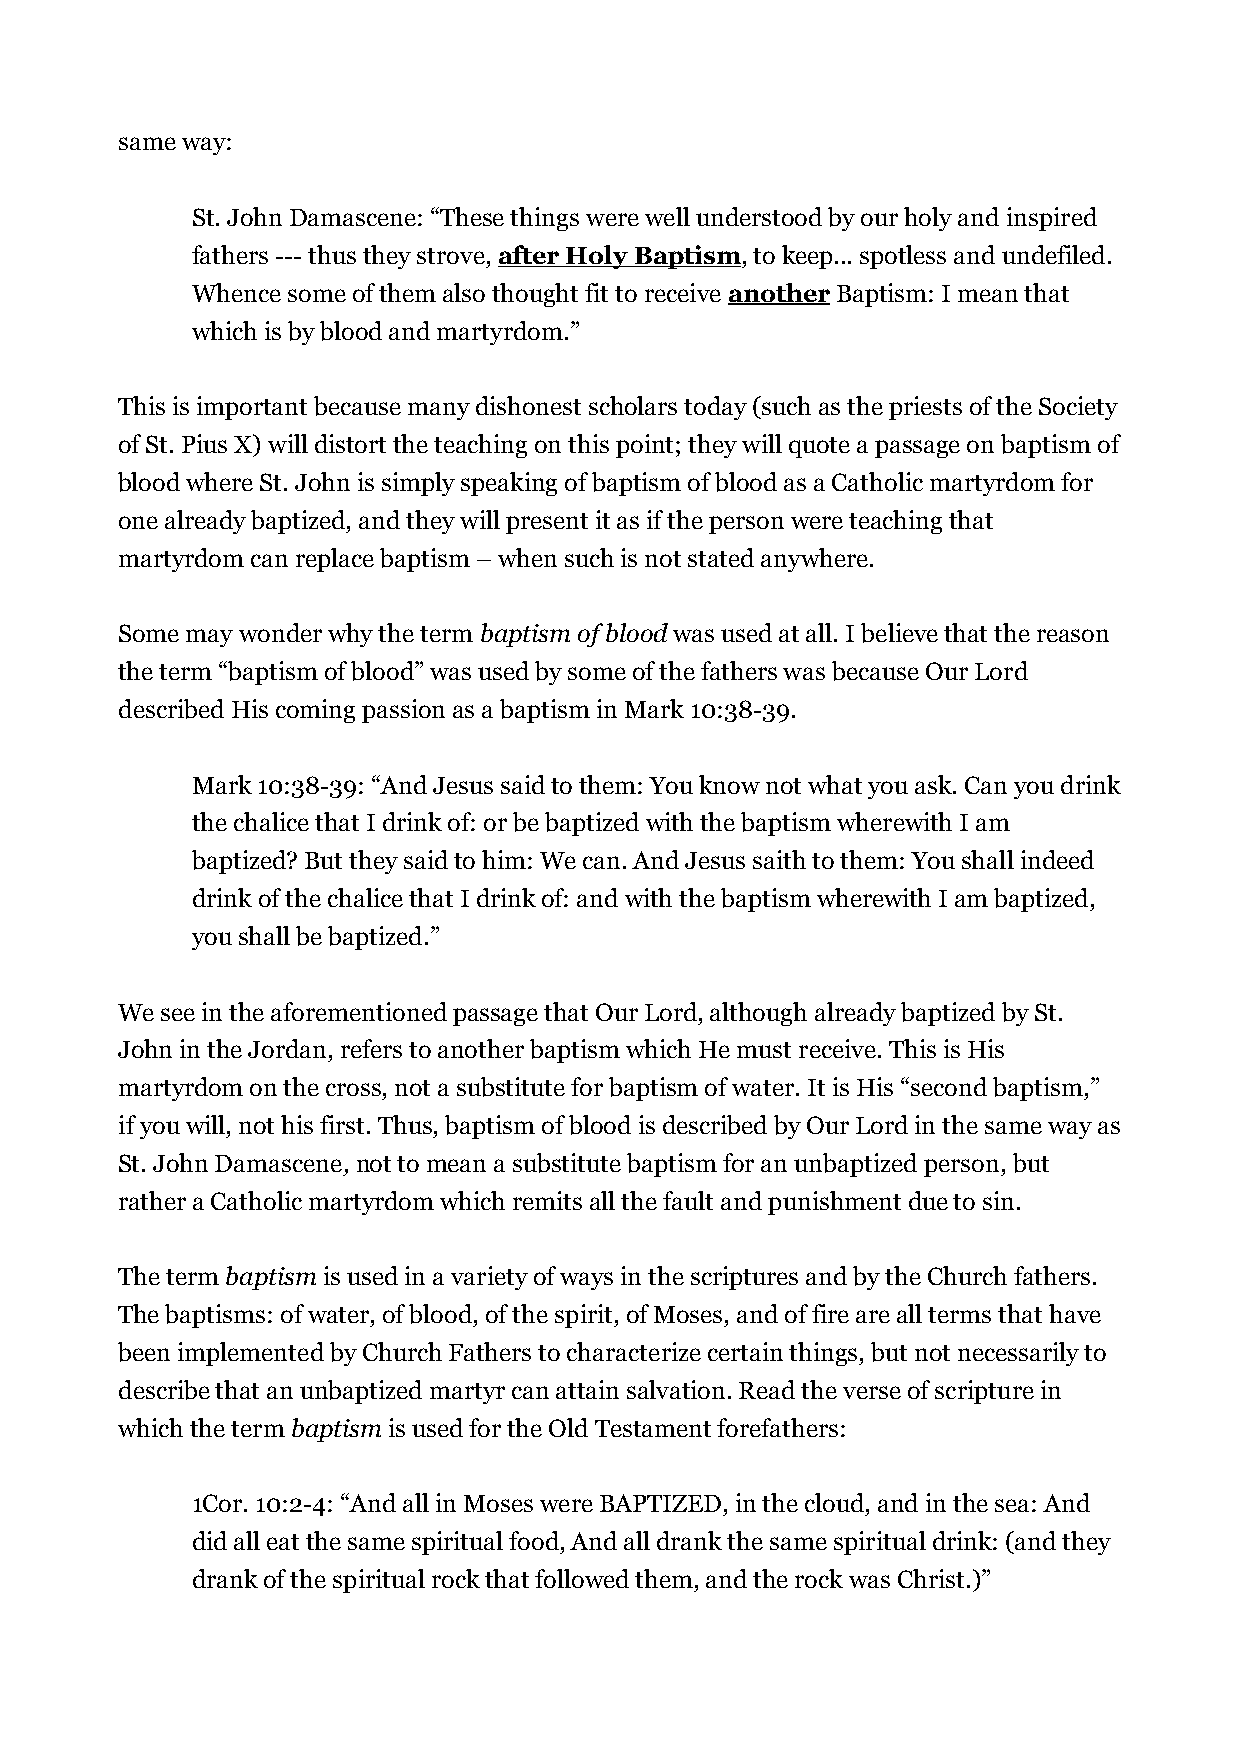
same way:
 St. John Damascene: “These things were well understood by our holy and inspired
 fathers --- thus they strove, after Holy Baptism, to keep... spotless and undefiled.
 Whence some of them also thought fit to receive another Baptism: I mean that
 which is by blood and martyrdom.”
 This is important because many dishonest scholars today (such as the priests of the Society
 of St. Pius X) will distort the teaching on this point; they will quote a passage on baptism of
 blood where St. John is simply speaking of baptism of blood as a Catholic martyrdom for
 one already baptized, and they will present it as if the person were teaching that
 martyrdom can replace baptism – when such is not stated anywhere.
 Some may wonder why the term baptism of blood was used at all. I believe that the reason
 the term “baptism of blood” was used by some of the fathers was because Our Lord
 described His coming passion as a baptism in Mark 10:38-39.
 Mark 10:38-39: “And Jesus said to them: You know not what you ask. Can you drink
 the chalice that I drink of: or be baptized with the baptism wherewith I am
 baptized? But they said to him: We can. And Jesus saith to them: You shall indeed
 drink of the chalice that I drink of: and with the baptism wherewith I am baptized,
 you shall be baptized.”
 We see in the aforementioned passage that Our Lord, although already baptized by St.
 John in the Jordan, refers to another baptism which He must receive. This is His
 martyrdom on the cross, not a substitute for baptism of water. It is His “second baptism,”
 if you will, not his first. Thus, baptism of blood is described by Our Lord in the same way as
 St. John Damascene, not to mean a substitute baptism for an unbaptized person, but
 rather a Catholic martyrdom which remits all the fault and punishment due to sin.
 The term baptism is used in a variety of ways in the scriptures and by the Church fathers.
 The baptisms: of water, of blood, of the spirit, of Moses, and of fire are all terms that have
 been implemented by Church Fathers to characterize certain things, but not necessarily to
 describe that an unbaptized martyr can attain salvation. Read the verse of scripture in
 which the term baptism is used for the Old Testament forefathers:
 1Cor. 10:2-4: “And all in Moses were BAPTIZED, in the cloud, and in the sea: And
 did all eat the same spiritual food, And all drank the same spiritual drink: (and they
 drank of the spiritual rock that followed them, and the rock was Christ.)”